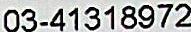
03-41318972